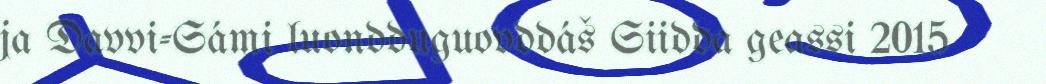
ja Davvi-Sámi luondduguovddáš Siidda geassi 2015